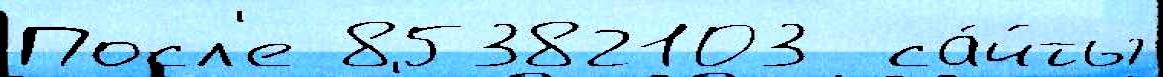
Посл'е 85382103  са́йты